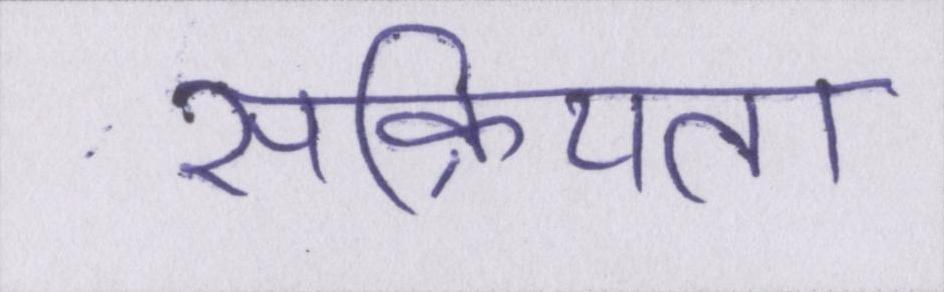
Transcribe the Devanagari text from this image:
सक्रियता